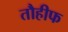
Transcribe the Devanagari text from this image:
तौहीफ